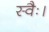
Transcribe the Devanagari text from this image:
स्वैः।